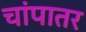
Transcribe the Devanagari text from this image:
चांपातर